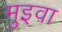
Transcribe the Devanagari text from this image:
मुइवा